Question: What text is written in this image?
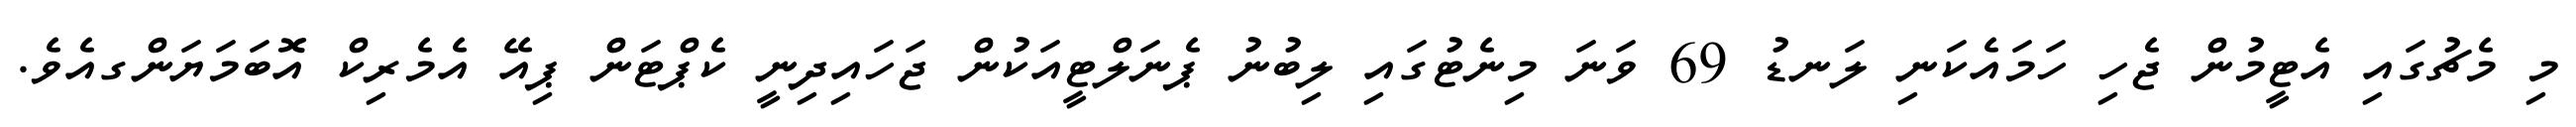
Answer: މި މެޗުގައި އެޓީމުން ޖެހި ހަމައެކަނި ލަނޑު 69 ވަނަ މިނެޓުގައި ލިބުނު ޕެނަލްޓީއަކުން ޖަހައިދިނީ ކެޕްޓަން ޕިއޭ އެމެރިކް އޮބަމަޔަންގއެވެ.